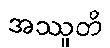
အဿူတိ